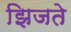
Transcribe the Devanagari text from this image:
झिजते